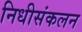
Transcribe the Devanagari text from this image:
निधीसंकलन